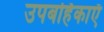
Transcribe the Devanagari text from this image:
उपबर्हिकाएँ